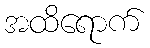
အထိရောက်